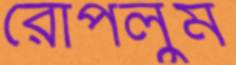
রোপলুম